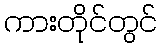
ကားတိုင်တွင်